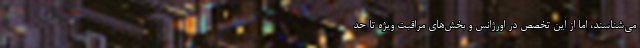
می‌شناسند، اما از این تخصص در اورژانس و بخش‌های مراقبت ویژه تا حد